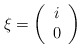
\begin{align*}\xi =\left( \begin{array}{c}i\\0\end{array}\right)\end{align*}